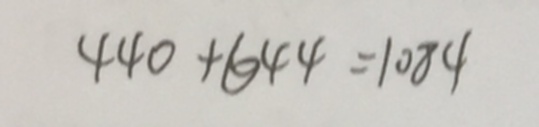
4 4 0 + 6 4 4 = 1 0 8 4